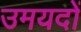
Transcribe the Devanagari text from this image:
उमयदों